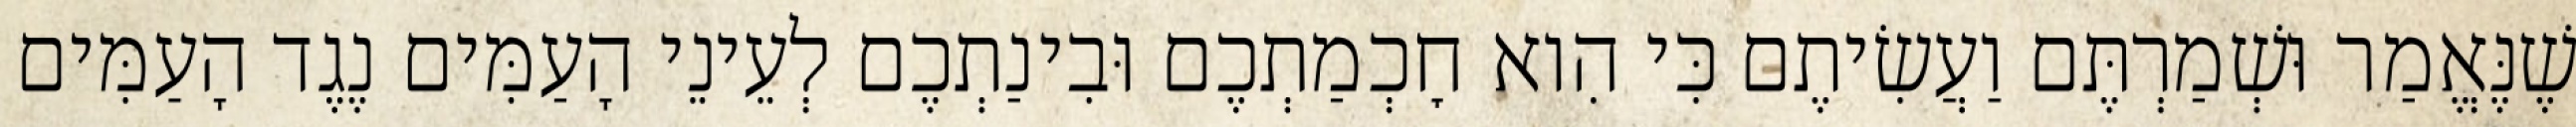
שֶׁנֶּאֱמַר וּשְׁמַרְתֶּם וַעֲשִׂיתֶם כִּי הִוא חׇכְמַתְכֶם וּבִינַתְכֶם לְעֵינֵי הָעַמִּים נֶגֶד הָעַמִּים